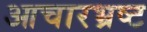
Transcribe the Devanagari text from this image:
आचारभ्रष्ट